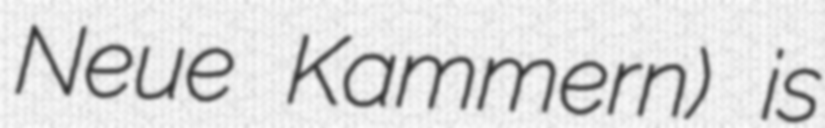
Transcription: Neue Kammern) is